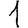
Digit: 1